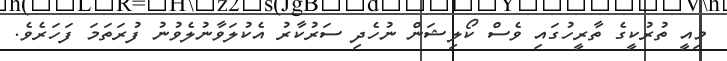
މިއީ ތުރުކީގެ ތާރީހުގައި ވެސް ކޯލިޝަން ނުހެދި ސަރުކާރު އެކުލަވާނުލެވުނު ފުރަތަމަ ފަހަރެވެ.